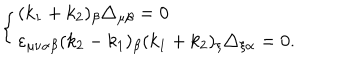
LaTeX: \left\{ \begin{array} { l } { { ( k _ { 1 } + k _ { 2 } ) _ { \beta } \triangle _ { \mu \beta } = 0 } } \\ { { \varepsilon _ { \mu \nu \alpha \beta } ( k _ { 2 } - k _ { 1 } ) _ { \beta } ( k _ { 1 } + k _ { 2 } ) _ { \xi } \triangle _ { \xi \alpha } = 0 . } } \\ \end{array} \right.